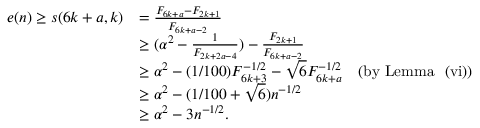
\begin{array} { r l } { e ( n ) \geq s ( 6 k + a , k ) } & { = { \frac { F _ { 6 k + a } - F _ { 2 k + 1 } } { F _ { 6 k + a - 2 } } } } \\ & { \geq ( \alpha ^ { 2 } - { \frac { 1 } { F _ { 2 k + 2 a - 4 } } } ) - { \frac { F _ { 2 k + 1 } } { F _ { 6 k + a - 2 } } } } \\ & { \geq \alpha ^ { 2 } - ( 1 / 1 0 0 ) F _ { 6 k + 3 } ^ { - 1 / 2 } - \sqrt { 6 } F _ { 6 k + a } ^ { - 1 / 2 } \quad \mathrm { ( b y ~ L e m m a ~ ~ ( v i ) ) } } \\ & { \geq \alpha ^ { 2 } - ( 1 / 1 0 0 + \sqrt { 6 } ) n ^ { - 1 / 2 } } \\ & { \geq \alpha ^ { 2 } - 3 n ^ { - 1 / 2 } . } \end{array}